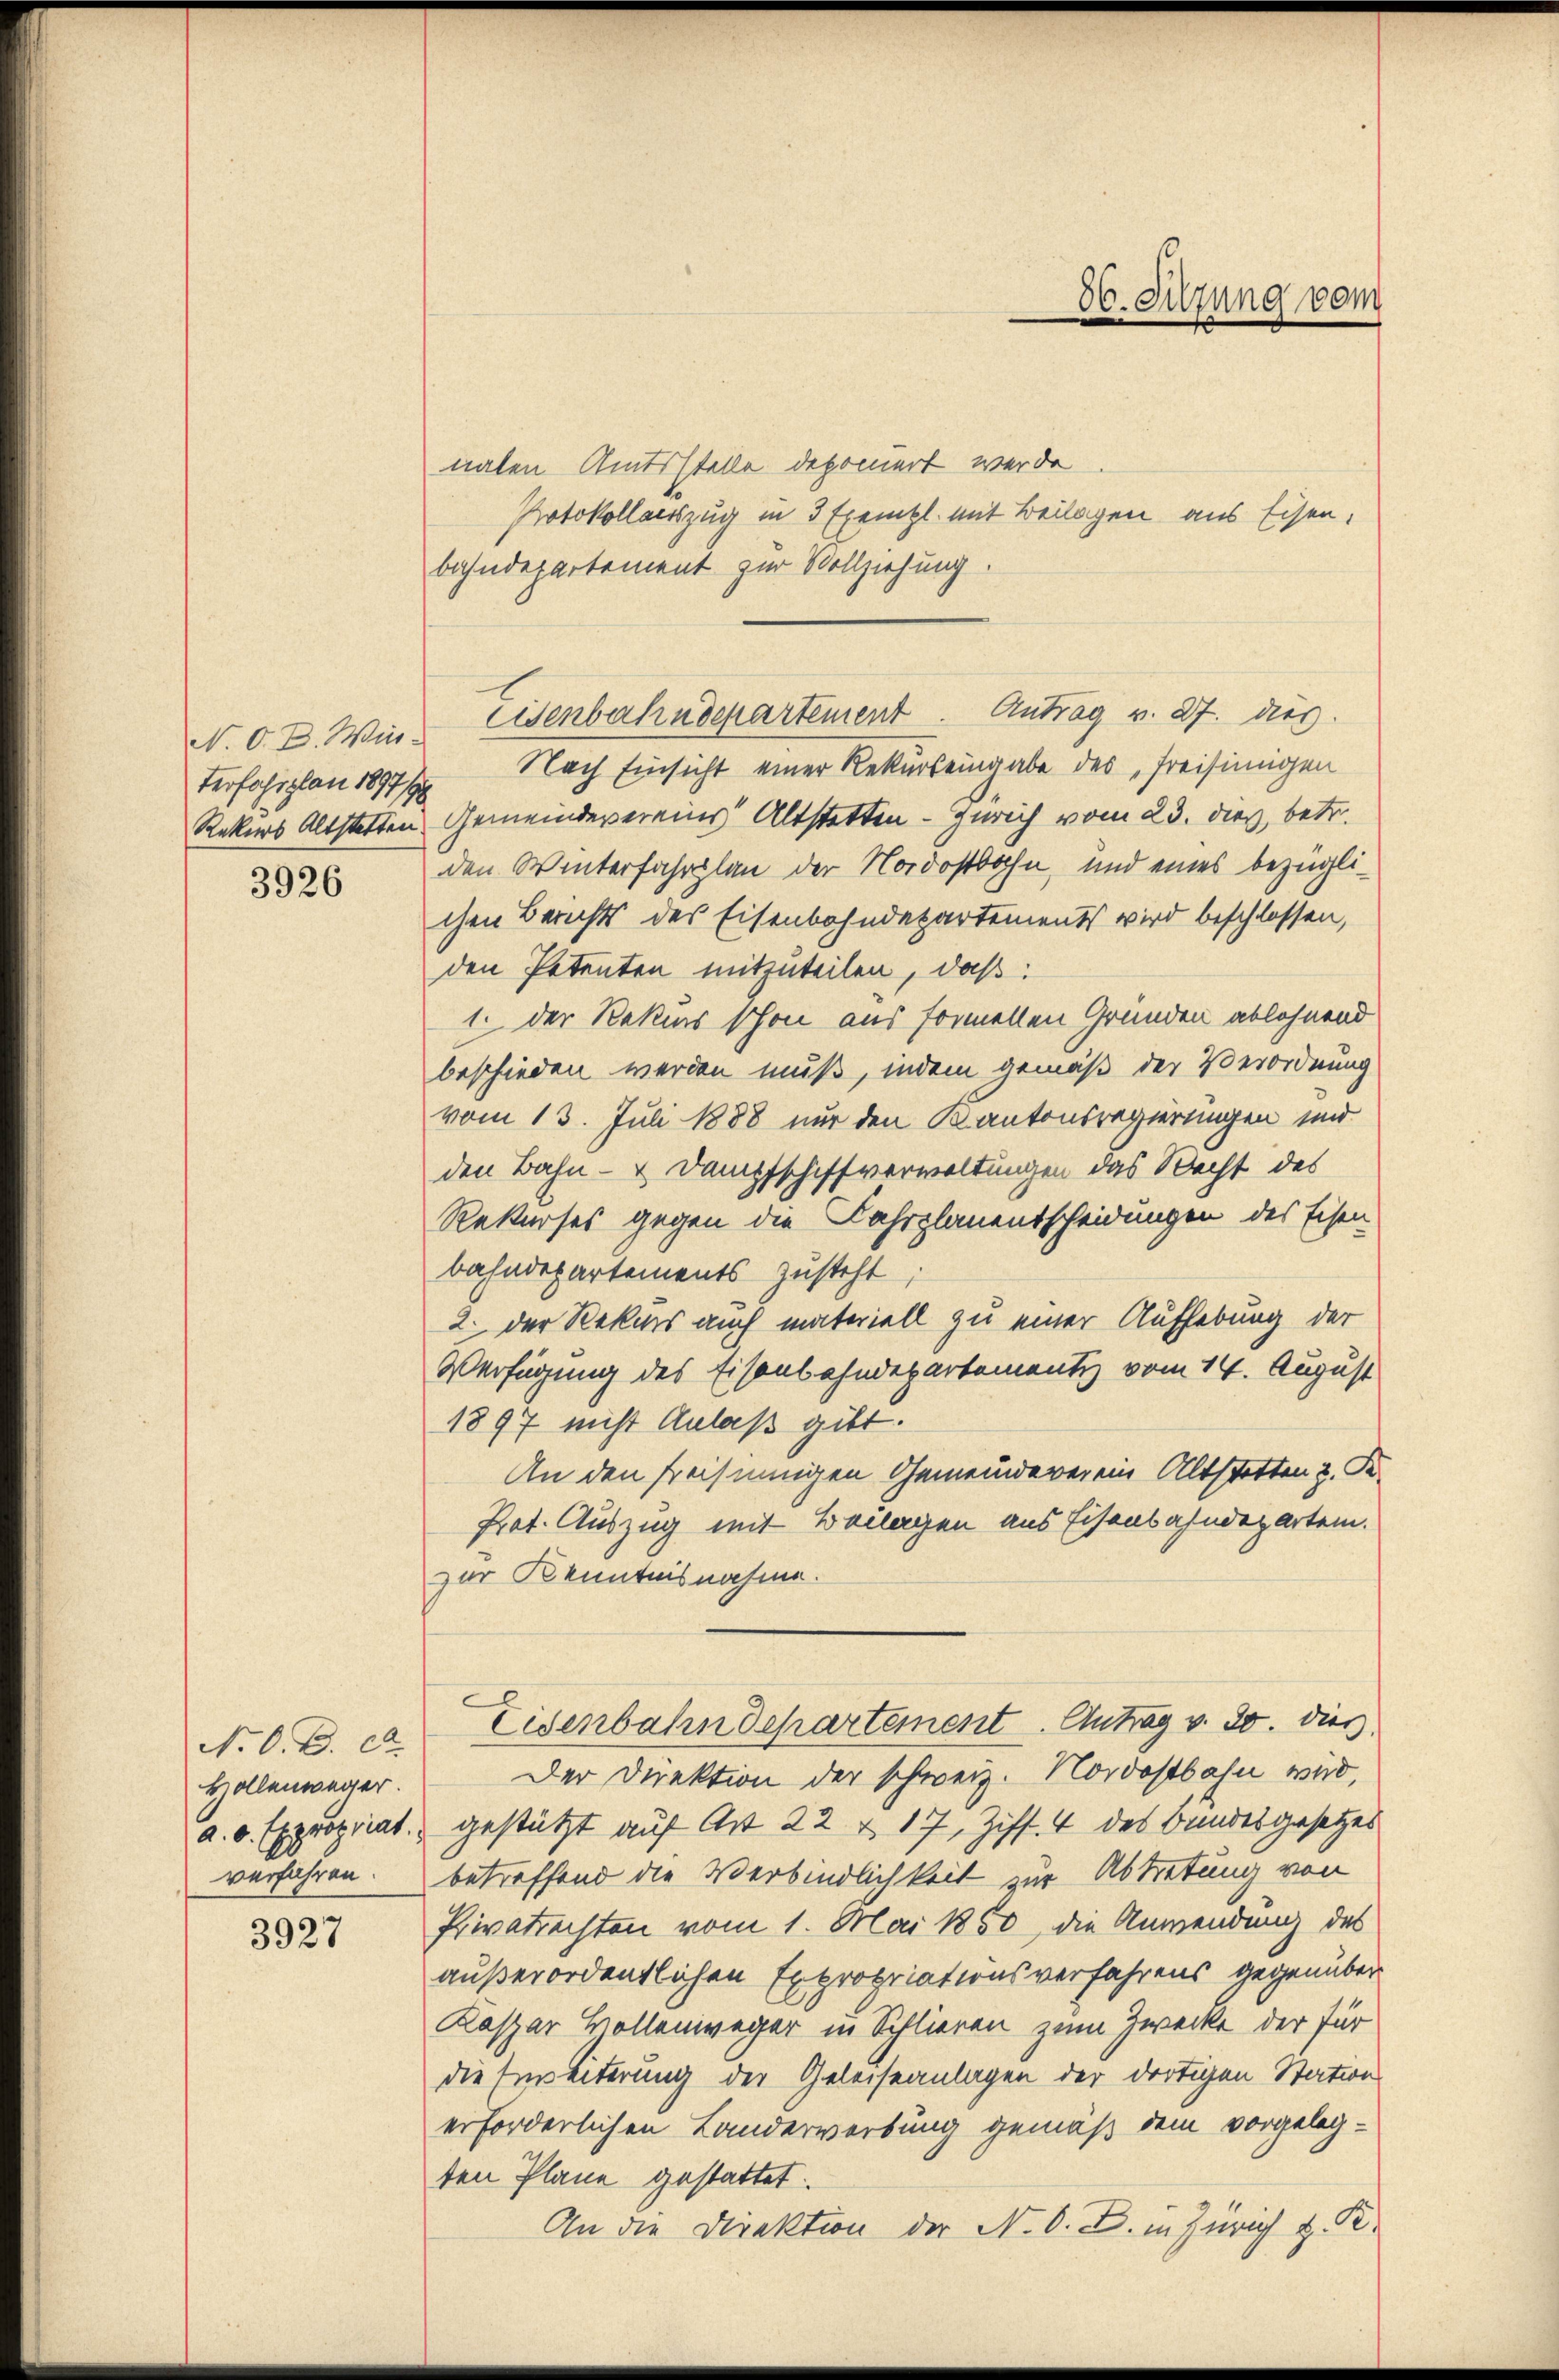
terfahrplan 1897/190

3926

Hollenweger.
verfahren.

3927

nalen Amtsstelle deponiert werde.
Protokollaesszug in 3 Exemtzl. mit Beilagen aus Eisen,
bahndepartement zur Vollziehung.
Nach Einsicht einer Rekurs eingabe des freisinnigen
Rekers Altstetten Gemeindevereins Altstetten - Zürich vom 23. dies, betr.
den Winterfahrplan der Nordostbahn, und eines bezüglichen Berichts des Eisenbahndepartements wird beschlossen,
den Petenten mitzuteilen, daß:
1. der Rekurs schon aus formellen Gründen ablehnend
beschieden werden muß, indem gemäß der Verordnung
vom 13. Juli 1888 nur den Kantonsregierungen und
den Bahn- & Dampfschiff verwaltungen das Recht des
Rekurses gegen die Fahrplanentscheidungen des Eisen
bahndepartements zusteht
2. Der Rekurs auch materiell zu einer Aufhebung der
Verfügung des Eisenbahndepartementi vom 14. August
1897 nicht Anlaß gibt.
An den freisinnigen Gemeindeverein Altstetten 2. Re¬
Prot. Auszug mit Beilagen aus Eisenbahndepartem.
zur Kenntnisnahme.
N. O. B. ca. Eisenbahndepartement. Antrag v. 30. dies
Der Direktion der schweiz. Nordostbahn wird,
a. o. Expropriat gestützt auf Art 22 & 17, Ziff. 4 des Bundesgesetzes
betreffend die Verbindlichkeit zur Abtretung von
Privatrechten vom 1. Mai 1850, die Anwendung des
außerordentlichen Expropriationsverfahrens gegenüber
Kaspar Wollenweger in Schlieren zum Zwecke der für
die Erweiterung der Geleiseanlagen der dortigen Station
erforderlichen Landerwerbung gemäß dem vorgeleg-
ten Plane gestattet
An die Direktion der N. O. B. in Zürich z. R.

N. O. B. Wie Eisenbahndepartement. Antrag v. 27. dies.

86. Sitzung vom